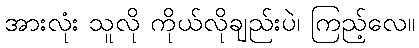
အားလုံး သူလို ကိုယ်လိုချည်းပဲ၊ ကြည့်လေ။